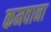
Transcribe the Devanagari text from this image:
कमवाना